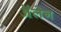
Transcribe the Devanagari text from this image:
ॲलेन